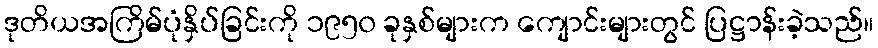
ဒုတိယအကြိမ်ပုံနှိပ်ခြင်းကို ၁၉၅၀ ခုနှစ်များက ကျောင်းများတွင် ပြဋ္ဌာန်းခဲ့သည်။